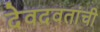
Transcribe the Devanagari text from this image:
देवदवतांची